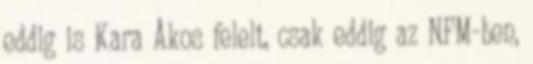
eddig is Kara Ákos felelt, csak eddig az NFM-ben,